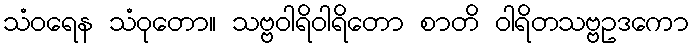
သံဝရေန သံဝုတော။ သဗ္ဗဝါရိဝါရိတော စာတိ ဝါရိတသဗ္ဗဥဒကော